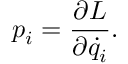
p _ { i } = { \frac { \partial L } { \partial { \dot { q } } _ { i } } } .